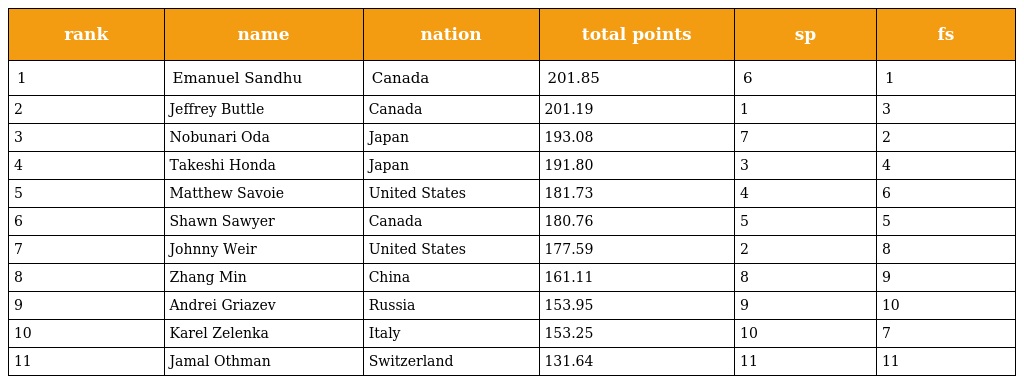
| rank | name | nation | total points | sp | fs |
 | --- | --- | --- | --- | --- | --- |
 | 1 | Emanuel Sandhu | Canada | 201.85 | 6 | 1 |
 | 2 | Jeffrey Buttle | Canada | 201.19 | 1 | 3 |
 | 3 | Nobunari Oda | Japan | 193.08 | 7 | 2 |
 | 4 | Takeshi Honda | Japan | 191.80 | 3 | 4 |
 | 5 | Matthew Savoie | United States | 181.73 | 4 | 6 |
 | 6 | Shawn Sawyer | Canada | 180.76 | 5 | 5 |
 | 7 | Johnny Weir | United States | 177.59 | 2 | 8 |
 | 8 | Zhang Min | China | 161.11 | 8 | 9 |
 | 9 | Andrei Griazev | Russia | 153.95 | 9 | 10 |
 | 10 | Karel Zelenka | Italy | 153.25 | 10 | 7 |
 | 11 | Jamal Othman | Switzerland | 131.64 | 11 | 11 |